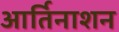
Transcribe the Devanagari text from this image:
आर्तिनाशन